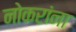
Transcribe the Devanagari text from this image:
नोकरांना